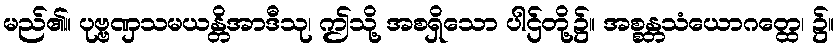
မည်၏။ ပုဗ္ဗဏှသမယန္တိအာဒီသု၊ ဤသို့ အစရှိသော ပါဌ်တို့၌။ အစ္စန္တသံယောဂတ္ထေ၊ ၌။